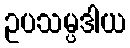
ဥပသမ္ပဒါယ